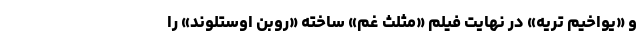
و «یواخیم تریه» در نهایت فیلم «مثلث غم» ساخته «روبن اوستلوند» را